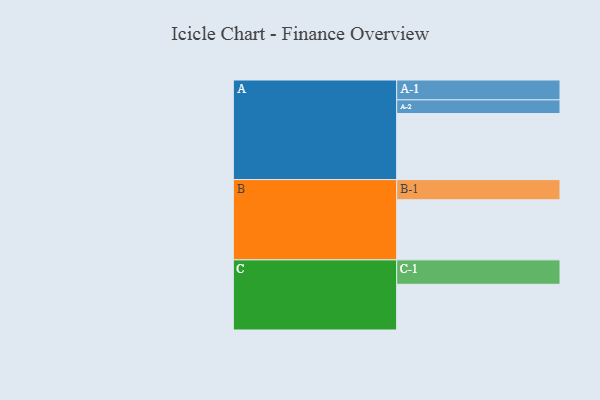
{"axis": {"x": "Segment", "y": "Value"}, "legend": ["", "A", "B", "C"], "data": [{"x": "A", "y": 565, "type": ""}, {"x": "B", "y": 514, "type": ""}, {"x": "C", "y": 391, "type": ""}, {"x": "A-1", "y": 170, "type": "A"}, {"x": "A-2", "y": 117, "type": "A"}, {"x": "B-1", "y": 173, "type": "B"}, {"x": "C-1", "y": 209, "type": "C"}]}